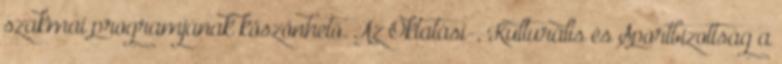
szakmai programjának köszönhető. Az Oktatási-, Kulturális és Sportbizottság a